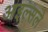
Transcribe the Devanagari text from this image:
आइल्सले